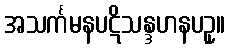
အသင်္ကမနပဋိသန္ဒဟနပဥှ။